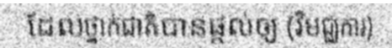
ដែលថ្នាក់ជាតិបានផ្តល់ឲ្យ (វិមជ្ឈការ)